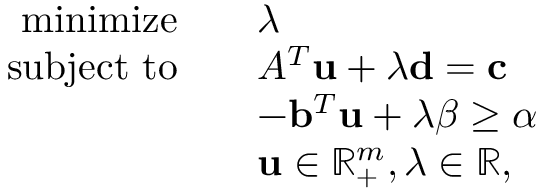
{ \begin{array} { r l } { { \mathrm { m i n i m i z e } } \quad } & { \lambda } \\ { { \mathrm { s u b j e c t ~ t o } } \quad } & { A ^ { T } \mathbf { u } + \lambda \mathbf { d } = \mathbf { c } } \\ & { - \mathbf { b } ^ { T } \mathbf { u } + \lambda \beta \geq \alpha } \\ & { \mathbf { u } \in \mathbb { R } _ { + } ^ { m } , \lambda \in \mathbb { R } , } \end{array} }